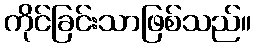
ကိုင်ခြင်းသာဖြစ်သည်။